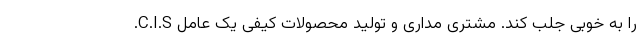
.C.I.S را به خوبی جلب کند. مشتری مداری و تولید محصولات کیفی یک عامل